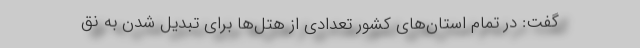
گفت: در تمام استان‌های کشور تعدادی از هتل‌ها برای تبدیل شدن به نق